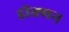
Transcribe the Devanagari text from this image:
डीक्मन